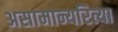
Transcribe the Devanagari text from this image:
असामान्यरित्या